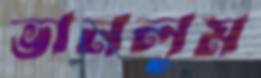
ভানলুম